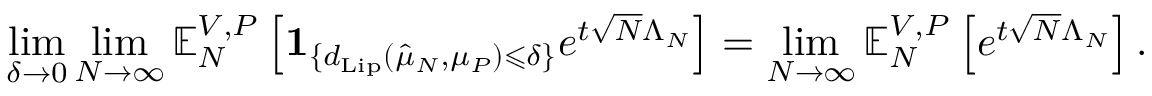
\operatorname* { l i m } _ { \delta \to 0 } \operatorname* { l i m } _ { N \to \infty } \mathbb { E } _ { N } ^ { V , P } \left[ \mathbf { 1 } _ { \{ d _ { \mathrm { L i p } } ( \hat { \mu } _ { N } , \mu _ { P } ) \leqslant \delta \} } e ^ { t \sqrt { N } \Lambda _ { N } } \right] = \operatorname* { l i m } _ { N \to \infty } \mathbb { E } _ { N } ^ { V , P } \left[ e ^ { t \sqrt { N } \Lambda _ { N } } \right] .